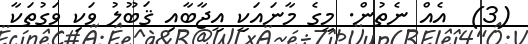
(3)  އެއް ނެތުން. މީގެ މާނައަކީ އީޖާބާއި ޤަބޫލު ވަކި ވަގުތަކާ